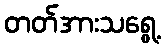
တတ်အားသရွေ့